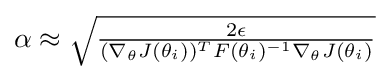
{\textstyle \alpha \approx {\sqrt {\frac {2\epsilon }{(\nabla _{\theta }J(\theta _{i}))^{T}F(\theta _{i})^{-1}\nabla _{\theta }J(\theta _{i})}}}}